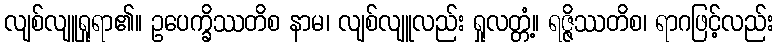
လျစ်လျူရှုရာ၏။ ဥပေက္ခိဿတိစ နာမ၊ လျစ်လျူလည်း ရှုလတ္တံ့။ ရဇ္ဇိဿတိစ၊ ရာဂဖြင့်လည်း